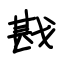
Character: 戡